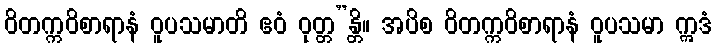
ဝိတက္ကဝိစာရာနံ ဝူပသမာတိ ဧဝံ ဝုတ္တ”န္တိ။ အပိစ ဝိတက္ကဝိစာရာနံ ဝူပသမာ ဣဒံ